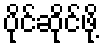
ပိုင်ဆိုင်ဖို့